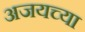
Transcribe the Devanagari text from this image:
अजयच्या